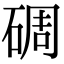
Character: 碉